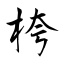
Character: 桍